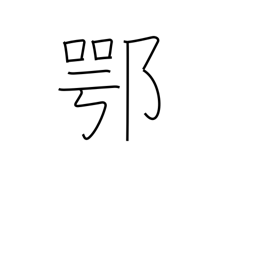
Meaning: frankly